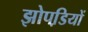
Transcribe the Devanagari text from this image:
झोपडि़यों